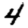
Digit: 4